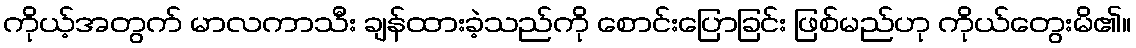
ကိုယ့်အတွက် မာလကာသီး ချန်ထားခဲ့သည်ကို စောင်းပြောခြင်း ဖြစ်မည်ဟု ကိုယ်တွေးမိ၏။